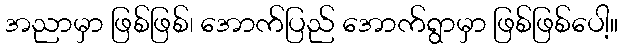
အညာမှာ ဖြစ်ဖြစ်၊ အောက်ပြည် အောက်ရွာမှာ ဖြစ်ဖြစ်ပေါ့။